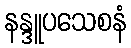
နန္ဒူပသေစနံ